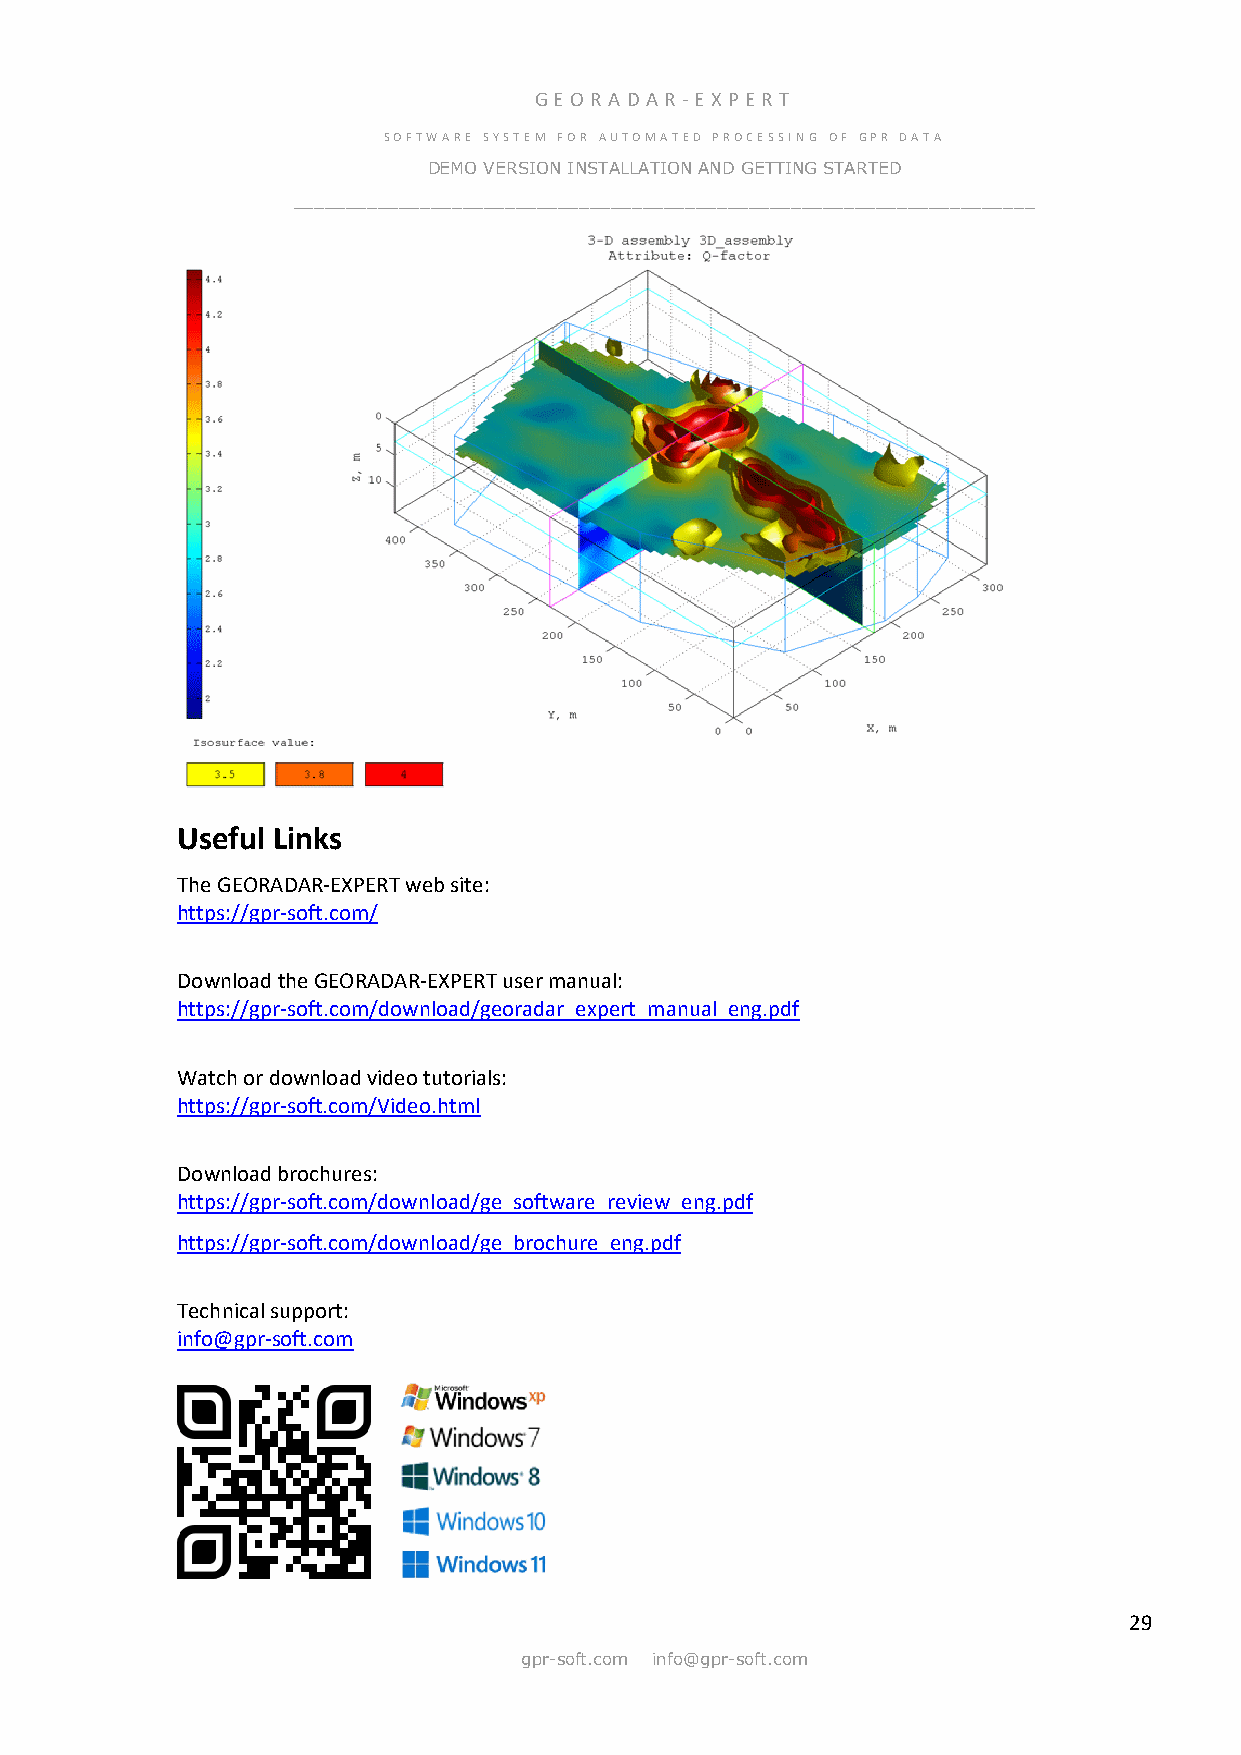
GE OR ADA R -E X PER T
 SOFTWARE SYSTEM FOR AUTOMATED PROCESSING OF GPR DATA
 DEMO VERSION INSTALLATION AND GETTING STARTED
 ______________________________________________________________________
 Useful Links
 The GEORADAR-EXPERT web site:
 https://gpr-soft.com/
 Download the GEORADAR-EXPERT user manual:
 https://gpr-soft.com/download/georadar_expert_manual_eng.pdf
 Watch or download video tutorials:
 https://gpr-soft.com/Video.html
 Download brochures:
 https://gpr-soft.com/download/ge_software_review_eng.pdf
 https://gpr-soft.com/download/ge_brochure_eng.pdf
 Technical support:
 info@gpr-soft.com
 29
 gpr-soft.com info@gpr-soft.com